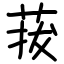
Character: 菝